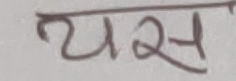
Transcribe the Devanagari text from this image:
यस